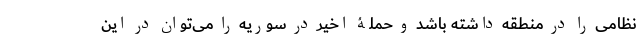
نظامی را در منطقه داشته باشد و حملۀ اخیر در سوریه را می‌توان در این